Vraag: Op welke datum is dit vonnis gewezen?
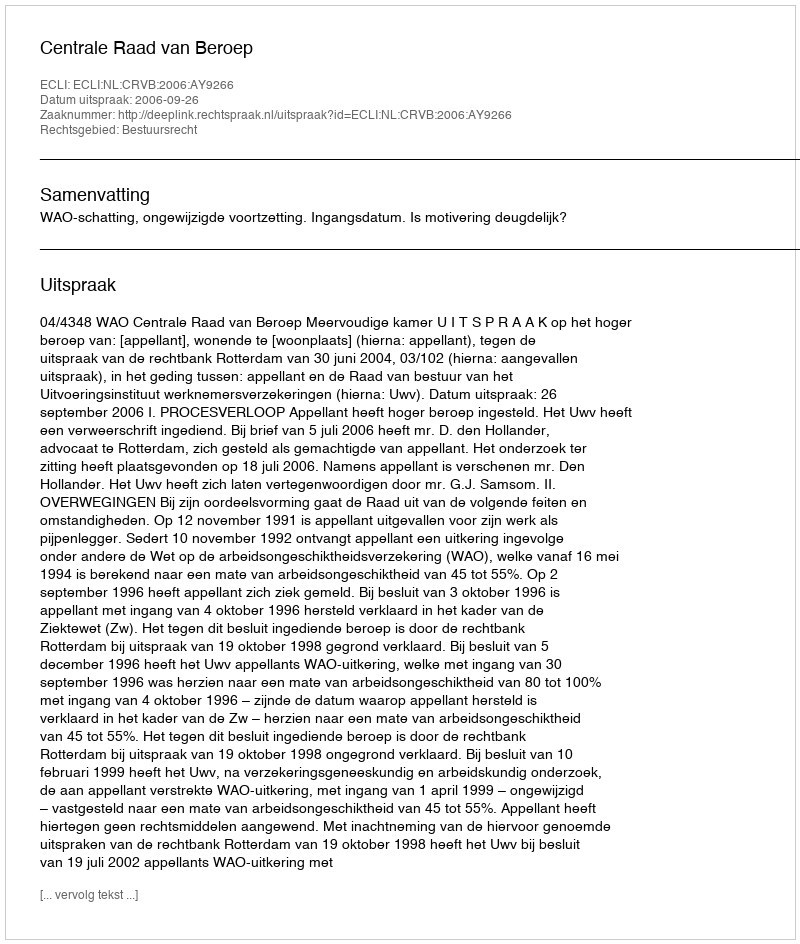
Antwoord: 2006-09-26